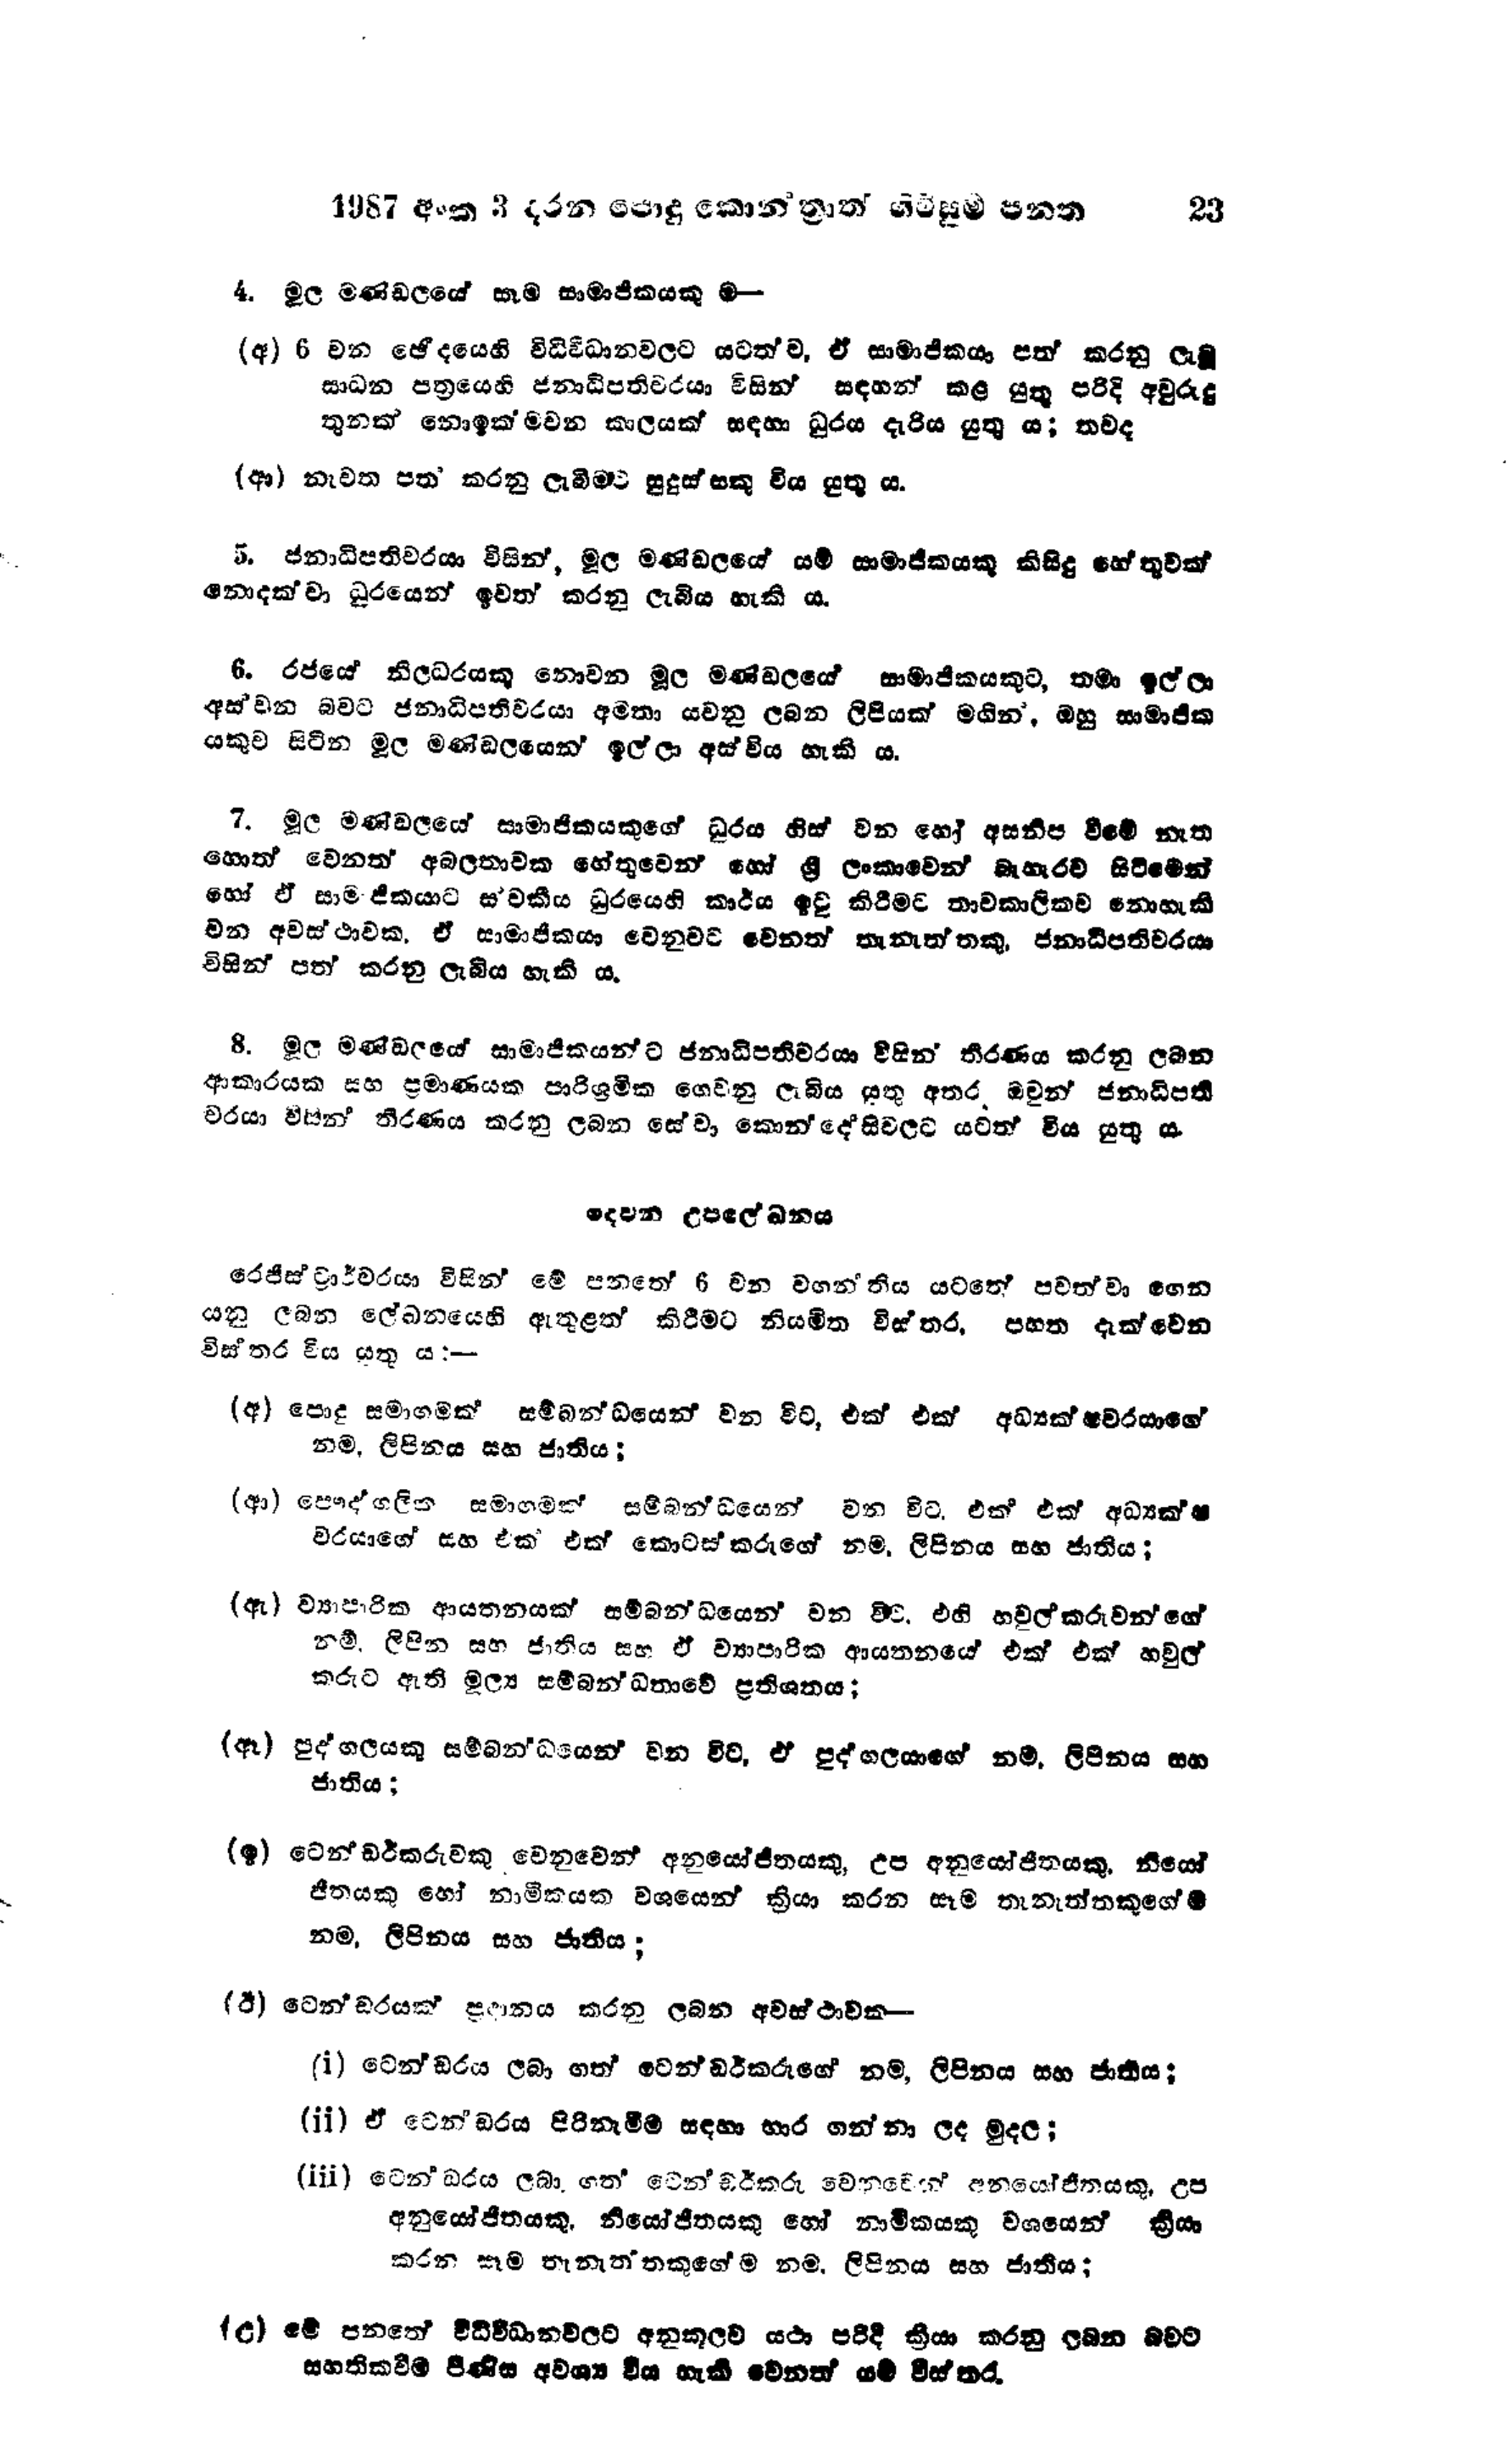
1987 අංක 3 දරන පොදු කොන්ත්‍රාත් ගිවිසුම් පනත 23

4. මුල මණ්ඩලයේ සෑම සාමාජිකයකු ම-

(අ) 6 වන ඡේදයෙහි විධිවිධානවලට යටත් ව, ඒ සාමාජිකයා පත් කරනු ලැබූ
සාධන පත්‍රයෙහි ජනාධිපතිවරයා විසින් සඳහන් කළ යුතු පරිදි අවුරුදු
තුනක් නොඉක්මවන කාලයක් සඳහා ධුරය දැරිය යුතු ය; තවද

(ආ) නැවත පත‍් කරනු ලැබීමට සුදුස්සකු විය යුතු ය.

5. ජනාධිපතිවරයා විසින්, මූල මණ්ඩලයේ යම් සාමාජිකයකු කිසිදු හේතුවක්
නොදක්වා ධූරයෙන් ඉවත් කරනු ලැබිය හැකි ය.

6. රජයේ නිලධරයකු නොවන මූල මණ්ඩලයේ සාමාජිකයකුට, තමා ඉල්ලා
අස්වන බවට ජනාධිපතිවරයා අමතා යවනු ලබන ලිපියක් මගින, ඔහු සාමාජික
යකුව සිටින මූල මණ්ඩලයෙන් ඉල්ලා අස්විය හැකි ය.

7. මුල මණ්ඩලයේ සාමාජිකයකුගේ ධූරය හිස් වන හෝ අසනීප වීමේ නැත
හොත් වෙනත් අබලතාවක හේතුවෙන් හෝ ශ්‍රී ලංකාවෙන් බැහැරව සිටීමෙන්
හෝ ඒ සාමාජිකයාට ස්වකීය ධුරයෙහි කාර්ය ඉටු කිරීමට තාවකාලිකව නොහැකි
වන අවස්ථාවක, ඒ සාමාජිකයා වෙනුවට වෙනත් තැනැත්තකු, ජනාධිපතිවරයා
විසින් පත් කරනු ලැබිය හැකි ය.

8. මුල මණ්ඩලයේ සාමාජිකයන්ට ජනාධිපතිවරයා විසින් තීරණය කරනු ලබන
ආකාරයක සහ ප්‍රමාණයක පරිශ්‍රමික ගෙවනු ලැබිය යුතු අතර ඔවුන් ජනාධිපති
වරයා විසින් තීරණය කරනු ලබන සේවා කොන්දේසි වලට යටත් විය යුතු ය.

දෙවන උපලේඛනය

රෙජිස්ට්‍රාර්වරයා විසින් මේ පනතේ 6 වන වගන්තිය යටතේ පවත්වා ගෙන
යනු ලබන ලේඛනයෙහි ඇතුළත් කිරීමට නියමිත විස්තර, පහත දැක්වෙන
විස්තර විය යුතු ය :-

(අ) පොදු සමාගමක් සම්බන්ධයෙන් වන විට, එක් එක් අධ්‍යක්ෂවරයාගේ
නම, ලිපිනය සහ ජාතිය:

(ආ) පෞද්ගලික සමාගමක සම්බන්ධයෙන් වන විට, එක් එක් අධ්‍යක්ෂ
වරයාගේ සහ එක එක් කොටස්කරුගේ නම්, ලිපිනය සහ ජාතිය;

(ඇ) ව්‍යාපාරික ආයතනයක් සම්බන්ධයෙන් වන විට. එහි හවුල්කරුවන්ගේ
නම්, ලිපින සහ ජාතිය සහ ඒ ව්‍යාපාරික ආයතනයේ එක් එක් හවුල්
කරුට ඇති මූල්‍ය සම්බන්ධතාවේ ප්‍රතිශතය;

(ඈ) පුද්ගලයකු සම්බනන්ධයෙන් වන විට, ඒ පුද්ගලයාගේ නම්, ලිපිනය සහ
ජාතිය;

(ඉ) ටෙන්ඩර්කරුවකු වෙනුවෙන් අනුයෝජිතයකු, උප අනුයෝජිතයකු. නියෝ
ජිතයකු හෝ නාමිකයක වශයෙන් ක්‍රියා කරන සෑම තැනැත්තකුගේ ම
නම, ලිපිනය සහ ජාතිය;

(ඊ) ටෙන්ඩරයක් ප්‍රදානය කරනු ලබන අවස්ථාවක -

(i) ටෙන්ඩරය ලබා ගත් ටෙන්ඩර්කරුගේ නම්, ලිපිනය සහ ජාතිය;

(ii) ඒ ටෙන්ඩරය පිරිනැමීම සඳහා භාර ගන්නා ලද මුදල ;

(iii) ටෙන්ඩරය ලබා ගත ටෙන්ඩර්කරු වෙනුවෙන් අනයෝජිතයකු උප
අනුයෝජිතයකු, නියෝජිතයෙකු හෝ නාමිකයෙකු වශයෙන් ක්‍රියා
කරන සෑම තැනැතතකුගේම නම, ලිපිනය සහ ජාතිය;

(උ) මේ පනතේ විධිවිධාන වලට අනුකූලව යථා පරිදි ක්‍රියා කරනු ලබන බවට
සහතිකවීම පිණිස අවශ්‍ය විය හැකි වෙනත් යම් විස්තර.